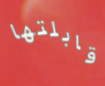
قابلتها